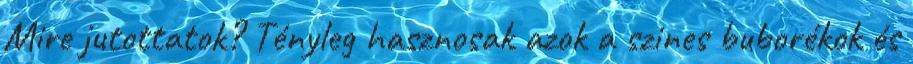
Mire jutottatok? Tényleg hasznosak azok a szines buborékok és